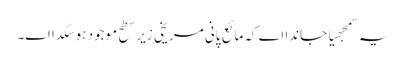
یہ سمجھیا جاندا اے کہ مائع پانی مریخی زیر سطح موجود ہو سکدا ا‏‏ے۔